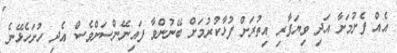
އެއް ފެށުމަށާ އަދި ވިޔަފާރި އިތުރަށް ފުޅާކުރުމަށް ބޭނުންވާ ފައިނޭންސަށްވެސް އެދި ހުށަހެޅޭނެ